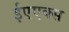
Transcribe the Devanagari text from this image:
ईएएक्स